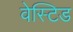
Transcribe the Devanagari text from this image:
वेस्टिड